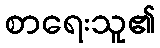
စာရေးသူ၏